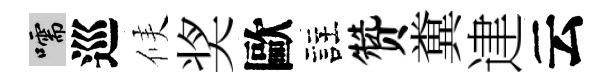
嚅巡候奖歐註赞糞䢖云